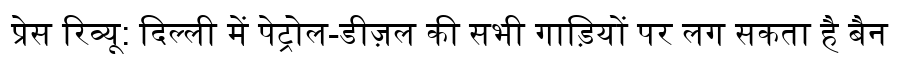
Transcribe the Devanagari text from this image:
प्रेस रिव्यू: दिल्ली में पेट्रोल-डीज़ल की सभी गाड़ियों पर लग सकता है बैन